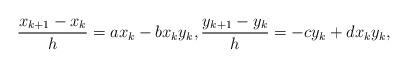
LaTeX: \begin{align*}\frac{x_{k+1}-x_k}h =ax_k-bx_ky_k,\frac{y_{k+1}-y_k}h =-cy_k+dx_ky_k,\end{align*}